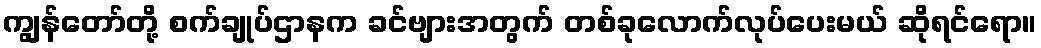
ကျွန်တော်တို့ စက်ချုပ်ဌာနက ခင်ဗျားအတွက် တစ်ခုလောက်လုပ်ပေးမယ် ဆိုရင်ရော။